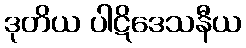
ဒုတိယ ပါဋိဒေသနီယ